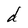
Character: d